65_HS1-834228961_62-HQ-83894_Serial_130
Agency: FBI
Page 51
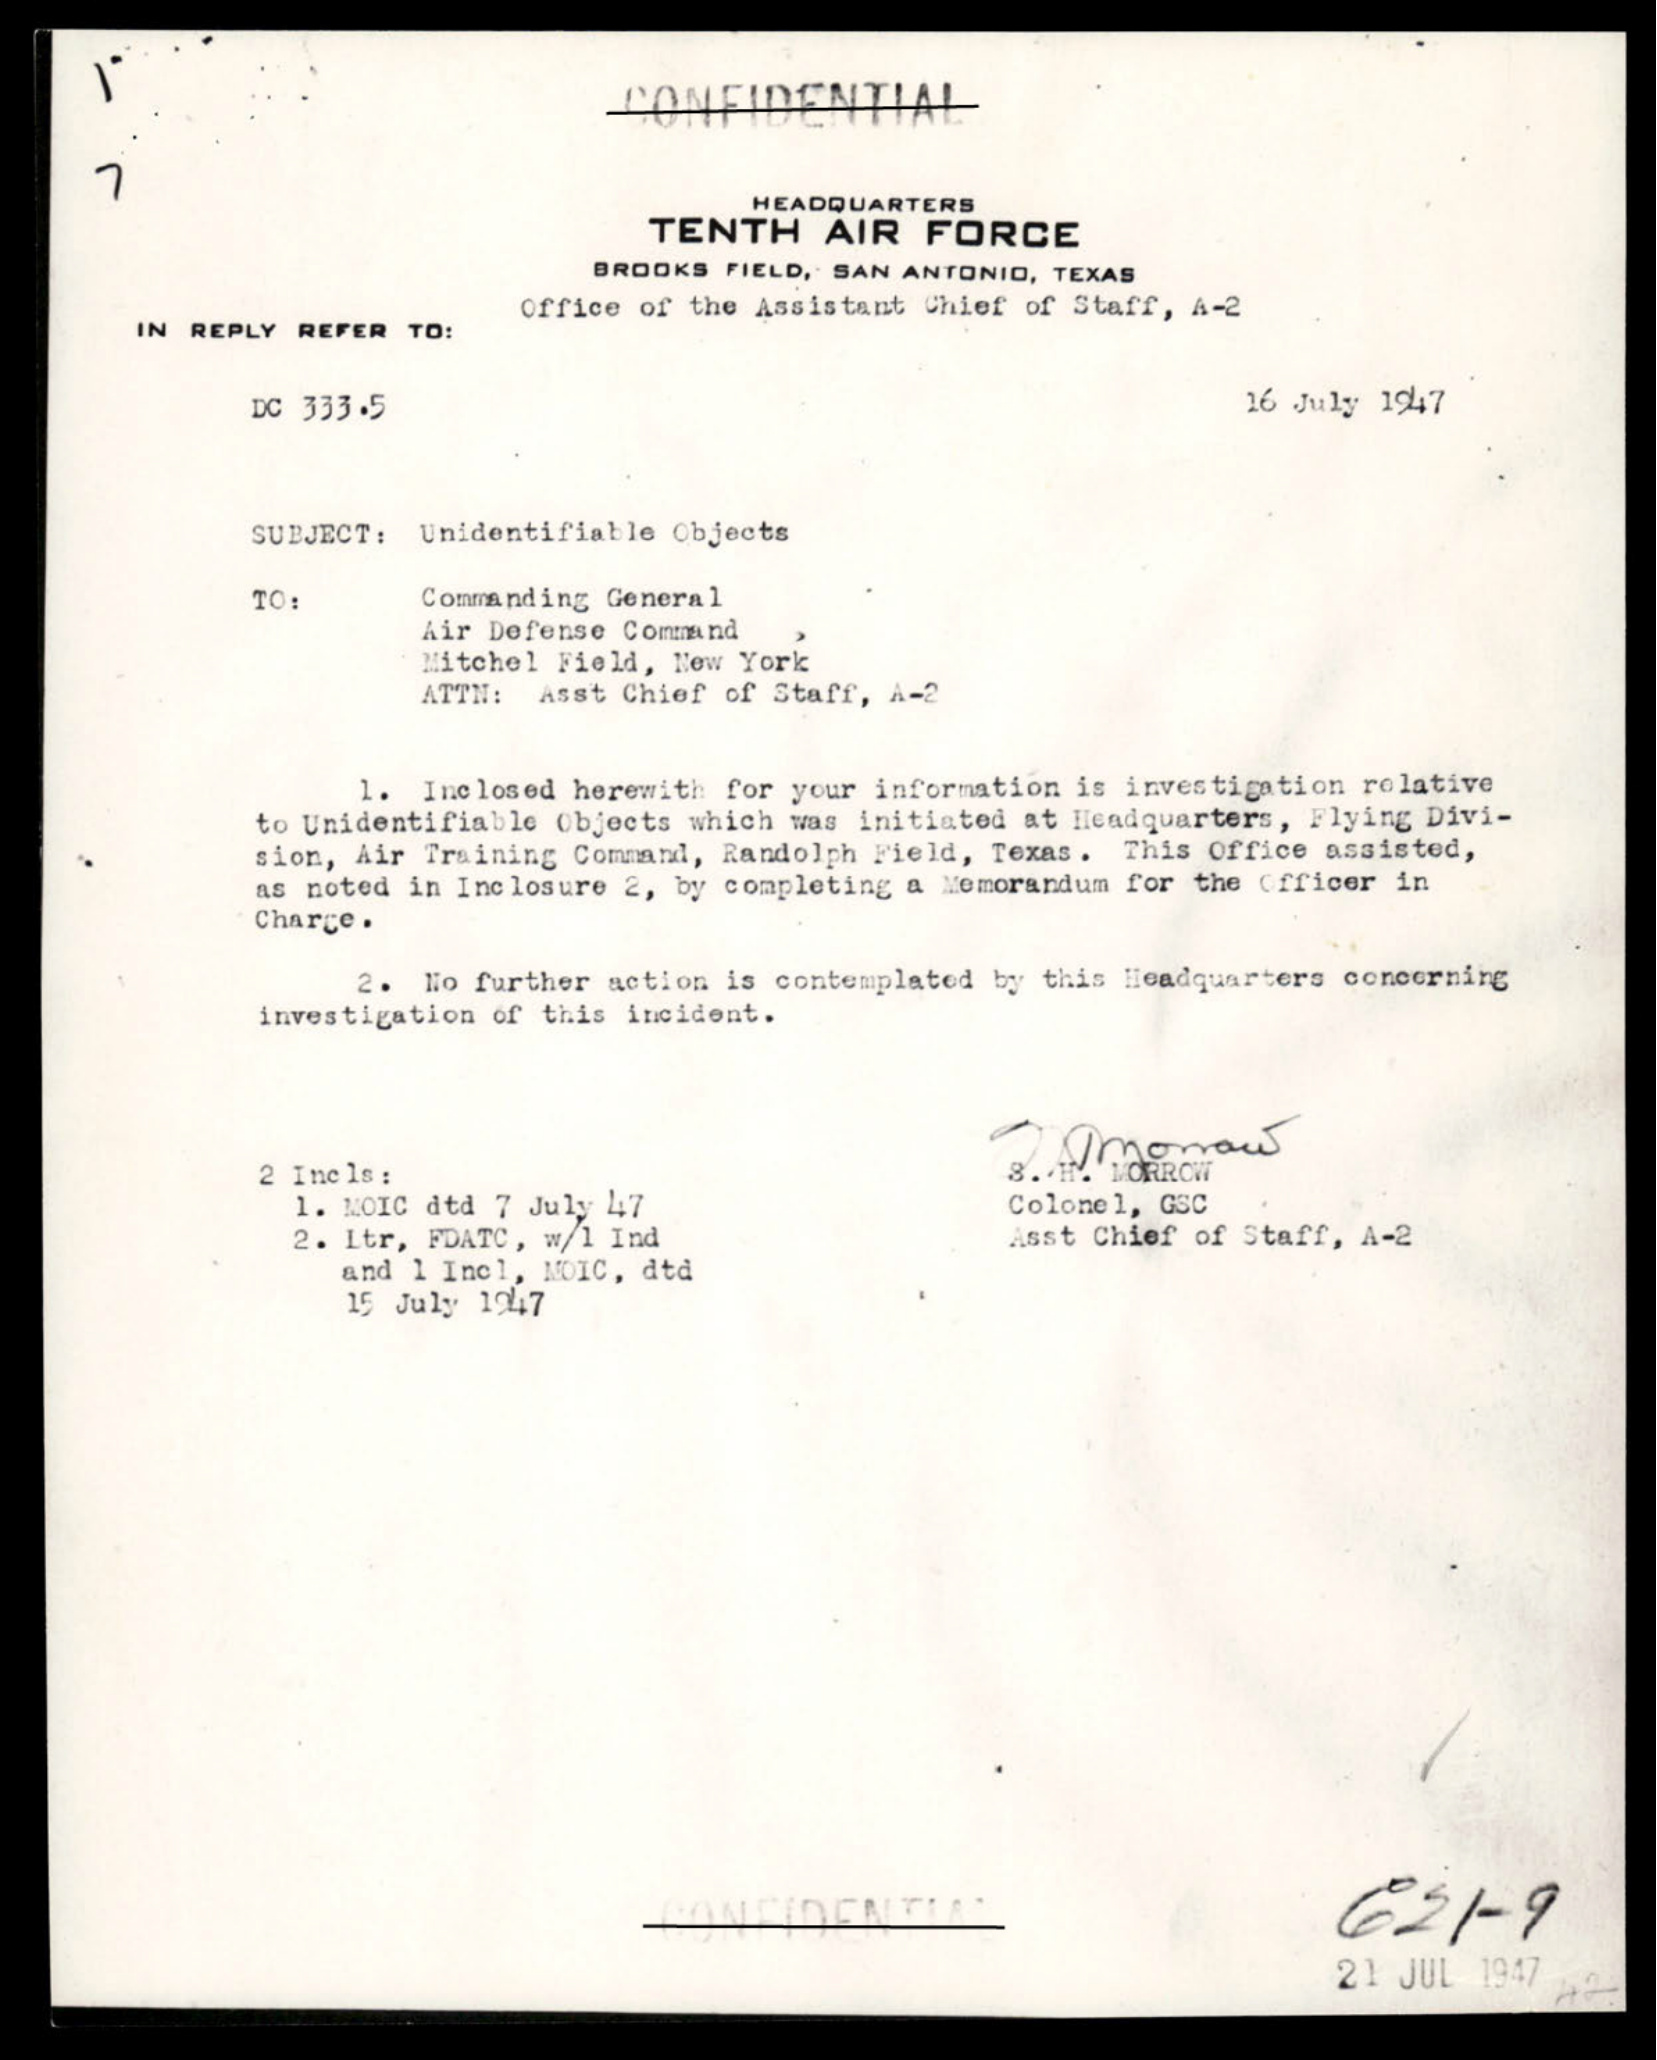